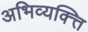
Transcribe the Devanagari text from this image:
अभिव्यक्त्ति